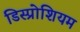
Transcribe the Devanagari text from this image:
डिस्प्रोशियम